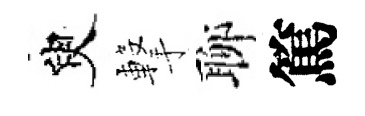
臾撃聊篤